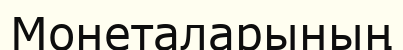
Монеталарының